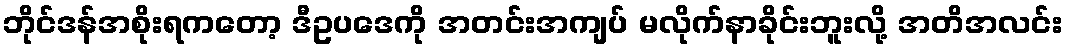
ဘိုင်ဒန်အစိုးရကတော့ ဒီဥပဒေကို အတင်းအကျပ် မလိုက်နာခိုင်းဘူးလို့ အတိအလင်း